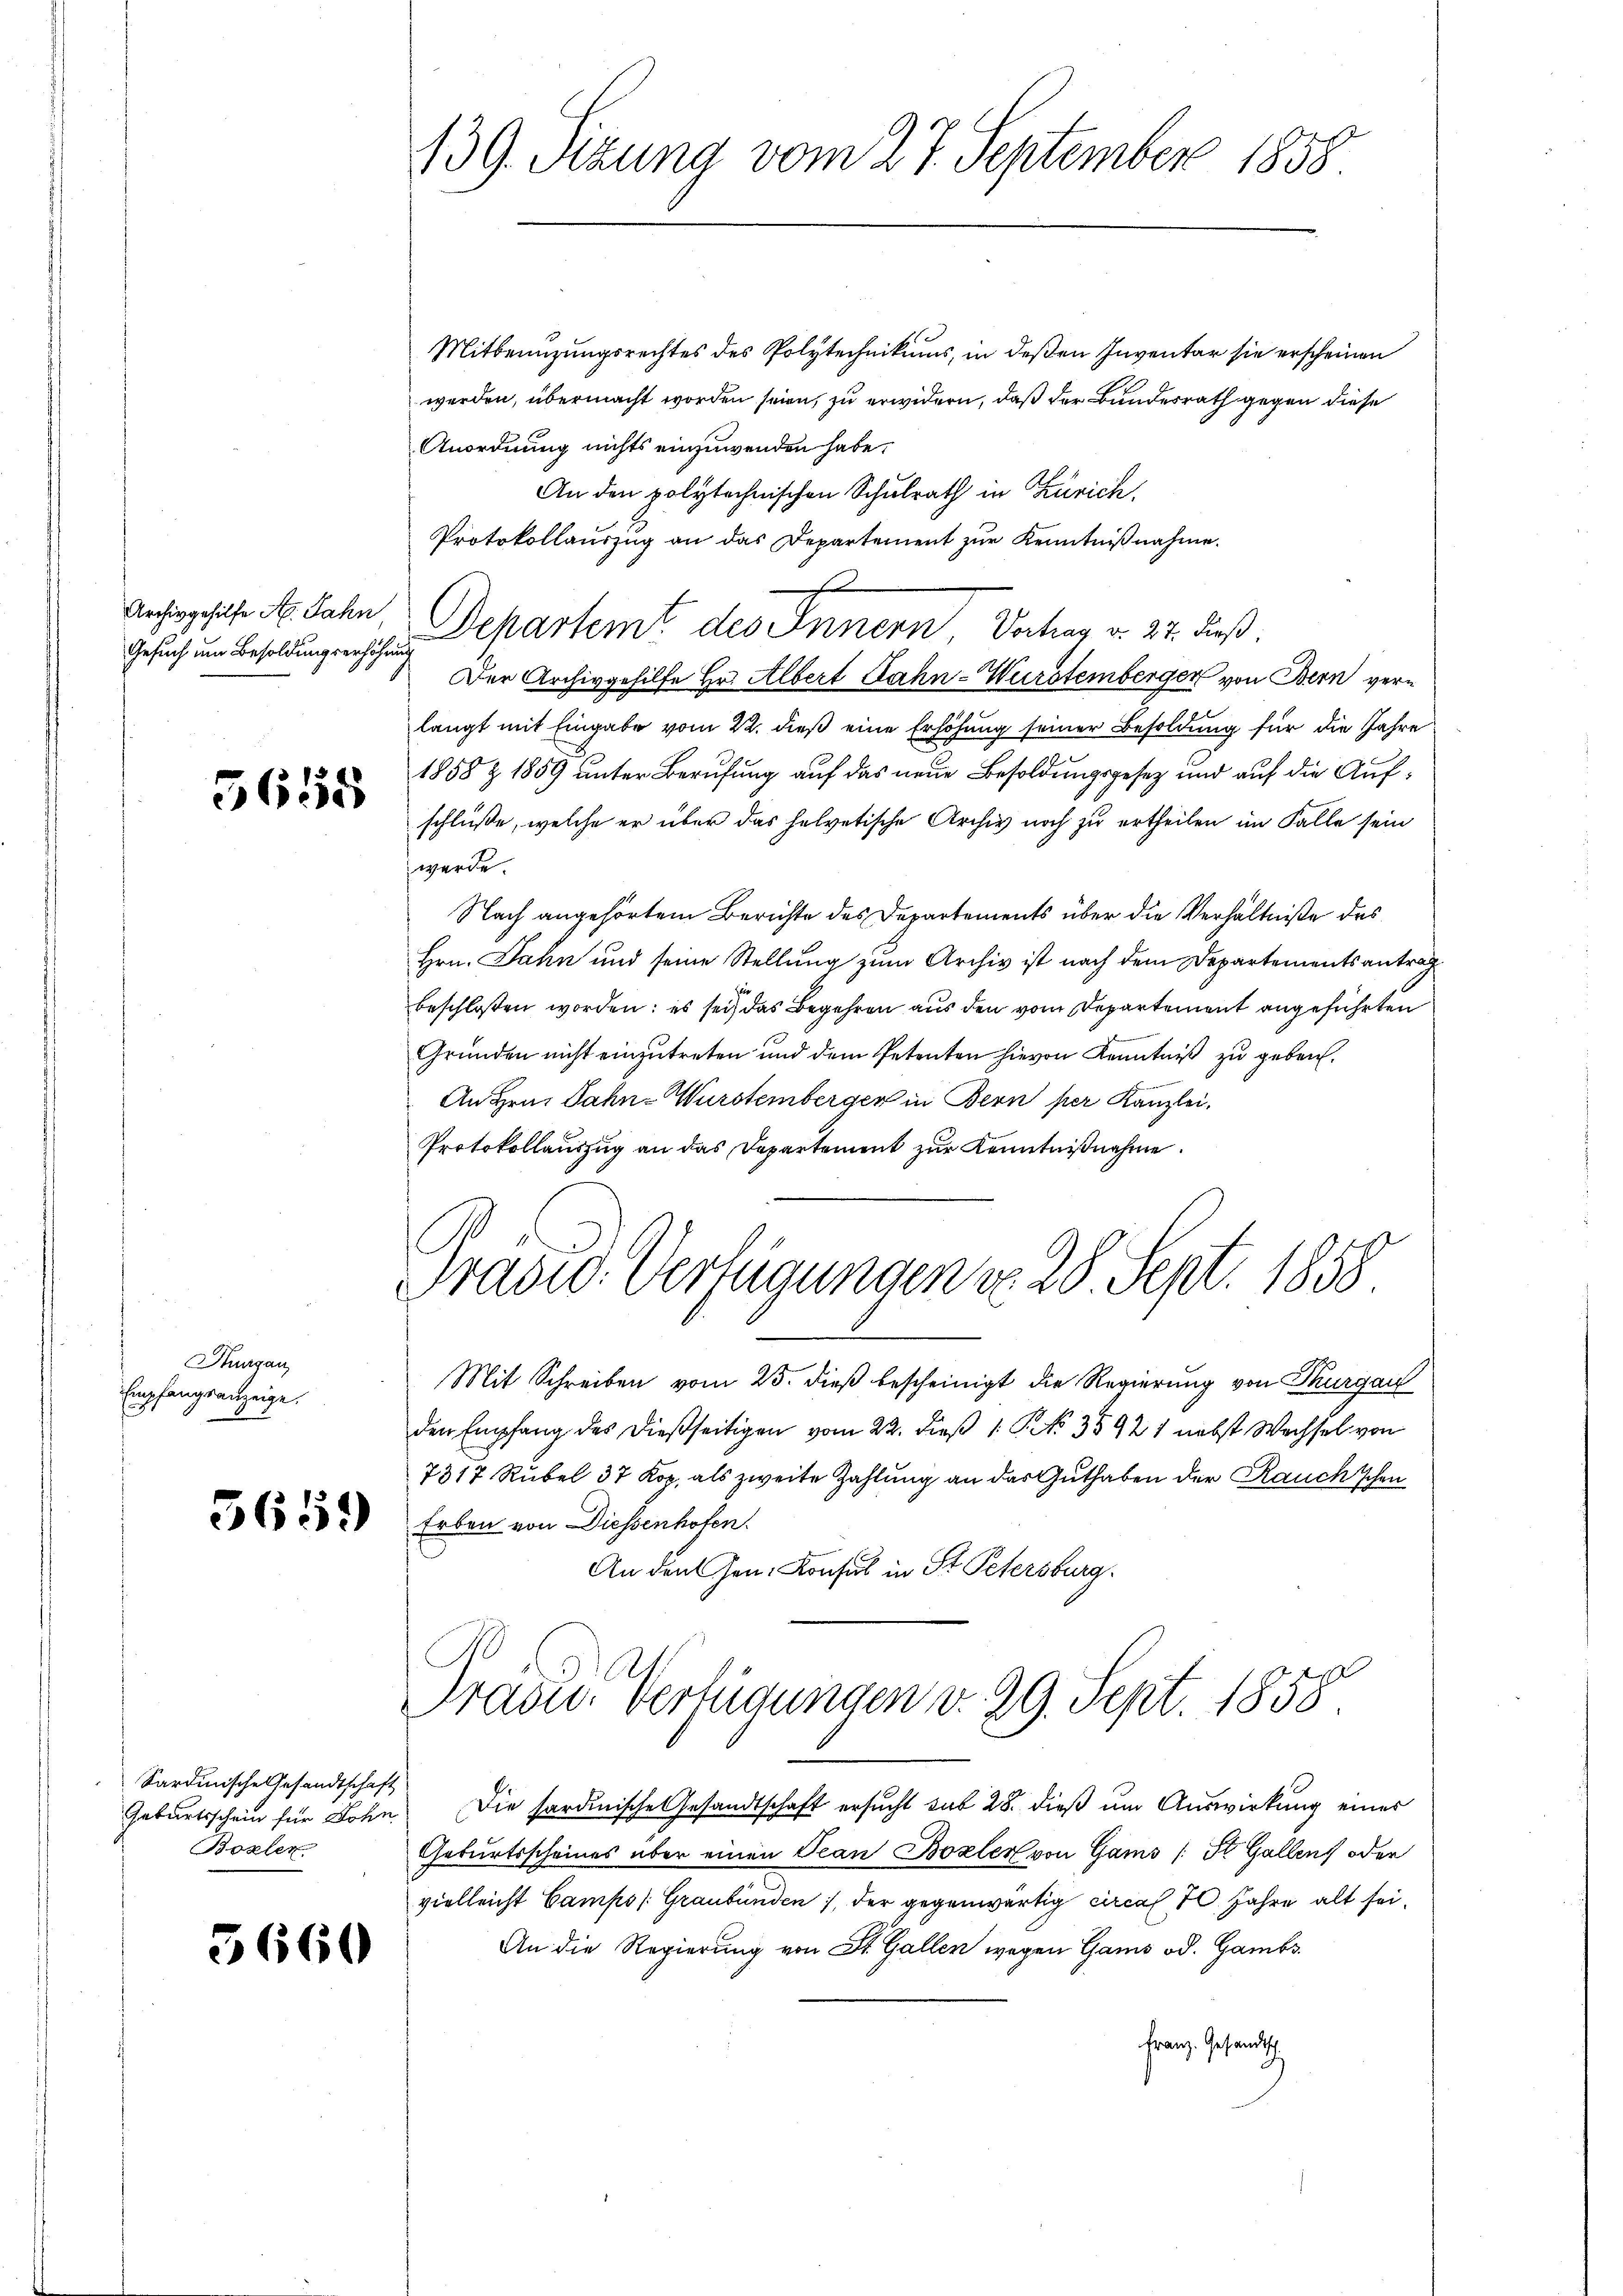
Gesuch um Besoldungserhöhnung

Thurgau
Empfangsanzeige.

5658

5659

Sardinische Gesandtschaft
Boxler

5660

1 x
Mitbenuzungsrechtes des Polytechnikums, in deßen Inventar sie erscheinen
werden, übermacht worden seien, zu erwidern, daß der Bundesrath gegen diese
Anordnung nichts einzuwenden habe.
An den polytechnischen Schulrath in Zürich.
Protokollauszug an das Departement zur Kenntnißnahme.
.
Archivgehilfe A. Jahn, Departem des Innern Vortrag v. 27. dieß:
Der Archivgehilfe Hr. Albert Jahn-Wurstemberger von Bern verlangt mit Eingabe vom 22. dieß eine Erhöhung seiner Besoldung für die Jahre
1858 Z 1859 unter Berufung auf das neue Besoldungsgesez und auf die Aufschlüße, welche er über das helvetische Archiv noch zu ertheilen im Falle sein
werde.
Nach angehörtem Berichte des Departements über die Verhältniße des
Hrn. Jahn und seine Stellung zum Archiv ist nach dem Departementsantrag
beschloßen worden; es sei, das Begehren aus den vom Departement angeführten
Gründen nicht einzutreten und dem Petenten hievon Kenntniß zu geben.
An Hrn. Dahn-Würstemberger in Bern per Kanzlei,
Protokollauszug an das Departement zur Kenntnißnahme.
Tradid. Verfügungen d. 28. Sept. 1858
s
Mit Schreiben vom 25. dieß bescheinigt die Regierung von Thurgau
den Empfang des dießseitigen vom 22. dieβ 1 S. 35921 nebst Wechsel von
7317 Rubel 37 Kop. als zweite Zahlung an das Guthaben der Rauch schen
Erben von Diessenhofen.
An den Gen. Konsul in St. Petersburg.
Pradei- Verfügungen d. 29. Sept. 1858
Geburtsschein für Bohn Die hardinische Gesandtschaft ersucht sub 28. dieß um Auswirkung eines
Geburtsscheines über einen Tean Boxler von Gams (St. Gallen oder
vielleicht Camps /: Graubünden, der gegenwärtig circa 10. Jahre alt sei¬
An die Regierung von St. Gallen wegen Gams od. Gambs
Franz. Gesandtsch

139. Sizung vom 27. September 1858